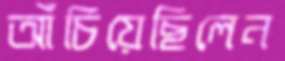
আঁচিয়েছিলেন